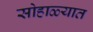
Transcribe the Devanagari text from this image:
सोहाळ्यात